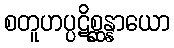
စတူဟပ္ပဋိစ္ဆန္နာယော